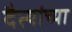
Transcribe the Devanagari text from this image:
दैत्यांच्या